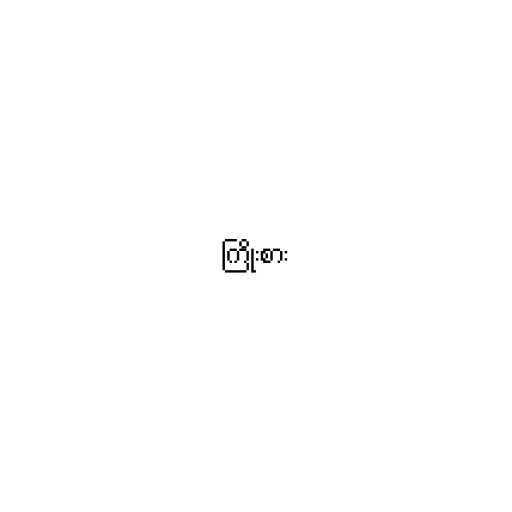
ကြိုးစား